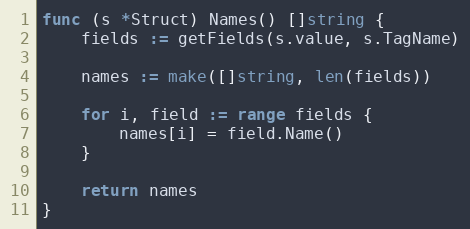
Language: Go
func (s *Struct) Names() []string {
	fields := getFields(s.value, s.TagName)

	names := make([]string, len(fields))

	for i, field := range fields {
		names[i] = field.Name()
	}

	return names
}